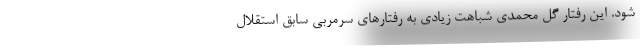
شود. این رفتار گل محمدی شباهت زیادی به رفتارهای سرمربی سابق استقلال